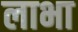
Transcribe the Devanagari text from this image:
लाभा